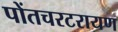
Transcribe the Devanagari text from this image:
पोंतचरटरायण